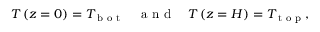
T \left( z = 0 \right) = T _ { \textrm { b o t } } \quad \textrm { a n d } \quad T \left( z = H \right) = T _ { \textrm { t o p } } ,